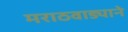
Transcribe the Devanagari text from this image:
मराठवाड्याने